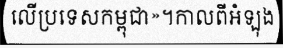
លើប្រទេសកម្ពុជា»។កាលពីអំឡុង